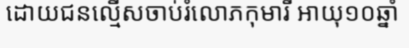
ដោយជនល្មើសចាប់រំលោភកុមារី អាយុ១០ឆ្នាំ